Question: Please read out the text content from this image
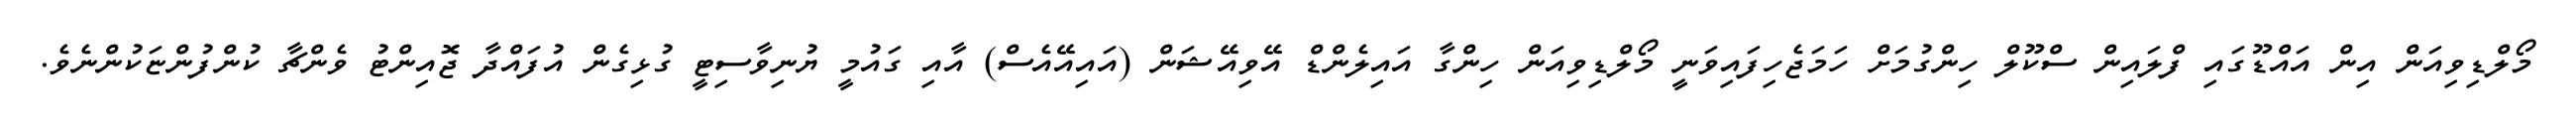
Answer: މޯލްޑިވިއަން އިން އައްޑޫގައި ފްލައިން ސްކޫލް ހިންގުމަށް ހަމަޖެހިފައިވަނީ މޯލްޑިވިއަން ހިންގާ އައިލެންޑް އޭވިއޭޝަން (އައިއޭއެސް) އާއި ގައުމީ ޔުނިވާސިޓީ ގުޅިގެން އުފައްދާ ޖޮއިންޓު ވެންޗާ ކުންފުންޏަކުންނެވެ.